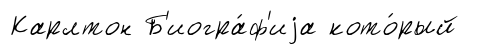
Карлтон Б'иогра́ф'иjа кото́рый